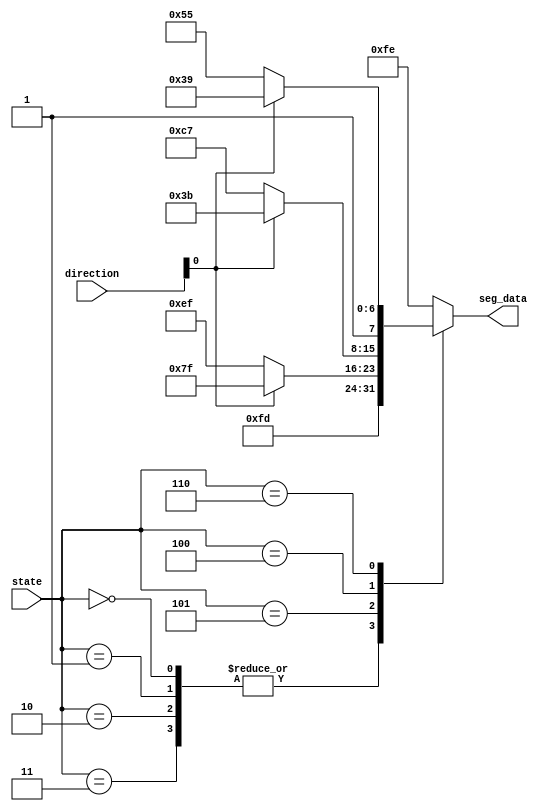
`timescale 1ns / 1ps
//////////////////////////////////////////////////////////////////////////////////
// Company: 
// Engineer: 
// 
// Design Name: 
// Module Name: sevenSegGravity
// Project Name: 
// Target Devices: 
// Tool Versions: 
// Description: 
// 
// Dependencies: 
// 
// Revision:
// Revision 0.01 - File Created
// Additional Comments:
// 
//////////////////////////////////////////////////////////////////////////////////


module sevenSegGravity(
  input [2:0] state,
  input [1:0] direction,
  output reg [7:0] seg_data
  );
  parameter  OPENING_STATE   = 3'h0,
             OPENED_STATE    = 3'h1,
             CLOSING_STATE   = 3'h2,
             STOP_STATE      = 3'h3,
             ACC_STATE       = 3'h4,
             ONGOING_STATE   = 3'h5,
             DEC_STATE       = 3'h6;
  parameter  D_UP   = 1'b0,
             D_DOWN = 1'b1;


  always @(*) begin 
    case(state)
      OPENING_STATE,
      OPENED_STATE, 
      CLOSING_STATE, 
      STOP_STATE: seg_data = 8'b1111_1101;
      ONGOING_STATE: 
          seg_data = (direction[D_UP]) ? 8'b0111_1111:8'b1110_1111;
      ACC_STATE: 
          seg_data = (direction[D_UP]) ? 8'b0011_1011:8'b1100_0111;
      DEC_STATE: 
          seg_data = (direction[D_UP]) ? 8'b1011_1001:8'b1101_0101;
      default:
          seg_data = 8'b1111_1110;
    endcase 
  end
endmodule